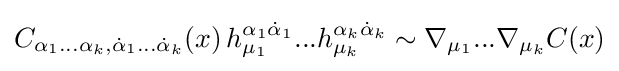
C_{\alpha _{1}...\alpha _{k},{\dot {\alpha }}_{1}...{\dot {\alpha }}_{k}}(x)\,h_{\mu _{1}}^{\alpha _{1}{\dot {\alpha }}_{1}}...h_{\mu _{k}}^{\alpha _{k}{\dot {\alpha }}_{k}}\sim \nabla _{\mu _{1}}...\nabla _{\mu _{k}}C(x)